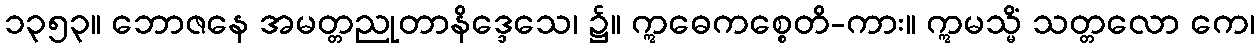
၁၃၅၃။ ဘောဇနေ အမတ္တညုတာနိဒ္ဒေသေ၊ ၌။ ဣဓေကစ္စေတိ-ကား။ ဣမသ္မိံ သတ္တလော ကေ၊